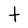
Character: t